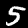
Label: 5